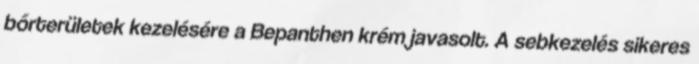
bőrterületek kezelésére a Bepanthen krém javasolt. A sebkezelés sikeres